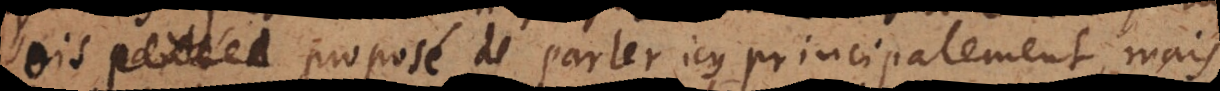
sois proposé de parler icy principalement, mais